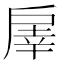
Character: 𢩓